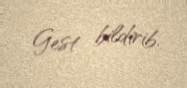
Gest bildirib.